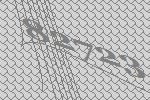
82723